Annual administration report of the Civil Veterinary Department of India - 1899-1900
Year: 1899
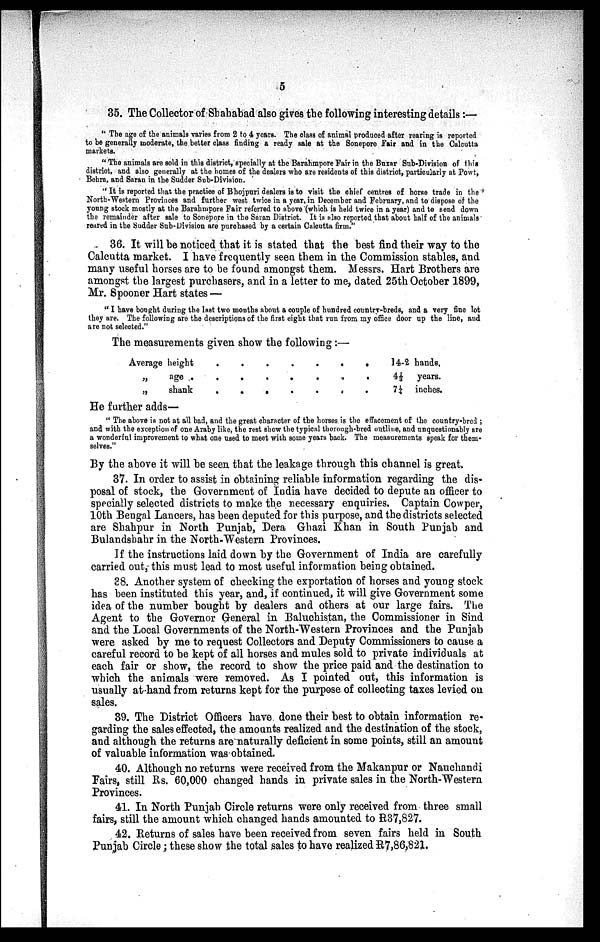
5
35. The Collector of Shahabad also gives the following interesting details:—
"The age of the animals varies from 2 to 4 years. The class of animal produced after rearing is reported
to be generally moderate, the better class finding a ready sale at the Sonepore Fair and in the Calcutta
markets.
"The animals are sold in this district, specially at the Barahmpore Fair in the Buxar Sub-Division of this
district, and also generally at the homes of the dealers who are residents of this district, particularly at Powt,
Behra, and Saran in the Sudder Sub-Division.
"It is reported that the practice of Bhojpuri dealers is to visit the chief centres of horse trade in the
North-Western Provinces and further west twice in a year, in December and February, and to dispose of the
young stock mostly at the Barahmpore Fair referred to above (which is held twice in a year) and to send down
the remainder after sale to Sonepore in the Saran District. It is also reported that about half of the animals
reared in the Sudder Sub-Division are purchased by a certain Calcutta firm."
36. It will be noticed that it is stated that the best find their way to the
Calcutta market. I have frequently seen them in the Commission stables, and
many useful horses are to be found amongst them. Messrs. Hart Brothers are
amongst the largest purchasers, and in a letter to me, dated 25th October 1899,
Mr. Spooner Hart states —
"I have bought during the last two months about a couple of hundred country-breds, and a very fine lot
they are. The following are the descriptions of the first eight that run from my office door up the line, and
are not selected."
The measurements given show the following:—
Average height
„
age .
„
shank
.
.
.
.
.
.
.
.
.
.
.
.
.
.
.
.
.
.
.
.
.
14-2 hands,
4 1/3 years.
7 ¼ inches.
He further adds—
"The above is not at all bad, and the great character of the horses is the effacement of the country-bred;
and with the exception of one Araby like, the rest show the typical thorough-bred outline, and unquestionably are
a wonderful improvement to what one used to meet with some years back. The measurements speak for them-
selves."
By the above it will be seen that the leakage through this channel is great.
37. In order to assist in obtaining reliable information regarding the dis-
posal of stock, the Government of India have decided to depute an officer to
specially selected districts to make the necessary enquiries. Captain Cowper,
10th Bengal Lancers, has been deputed for this purpose, and the districts selected
are Shahpur in North Punjab, Dera Ghazi Khan in South Punjab and
Bulandsbahr in the North-Western Provinces.
If the instructions laid down by the Government of India are carefully
carried out, this must lead to most useful information being obtained.
38. Another system of checking the exportation of horses and young stock
has been instituted this year, and, if continued, it will give Government some
idea of the number bought by dealers and others at our large fairs. The
Agent to the Governor General in Baluchistan, the Commissioner in Sind
and the Local Governments of the North-Western Provinces and the Punjab
were asked by me to request Collectors and Deputy Commissioners to cause a
careful record to be kept of all horses and mules sold to private individuals at
each fair or show, the record to show the price paid and the destination to
which the animals were removed. As I pointed out, this information is
usually at hand from returns kept for the purpose of collecting taxes levied on
sales.
39. The District Officers have done their best to obtain information re-
garding the sales effected, the amounts realized and the destination of the stock,
and although the returns are naturally deficient in some points, still an amount
of valuable information was obtained.
40. Although no returns were received from the Makanpur or Nauchandi
Fairs, still Rs. 60,000 changed hands in private sales in the North-Western
Provinces.
41. In North Punjab Circle returns were only received from three small
fairs, still the amount which changed hands amounted to R37,827.
42. Returns of sales have been received from seven fairs held in South
Punjab Circle; these show the total sales to have realized R7,86,821.